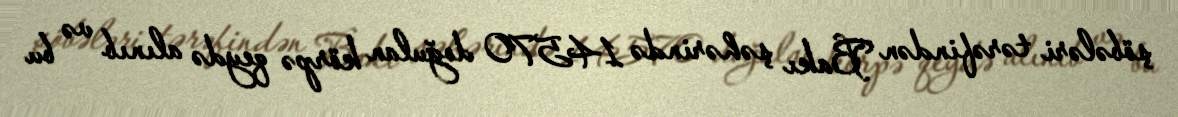
şöbələri tərəfindən Bakı şəhərində 14570 doğulan körpə qeydə alınıb və bu